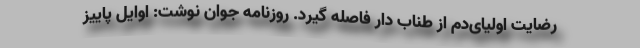
رضایت اولیای‌دم از طناب دار فاصله گیرد. روزنامه جوان نوشت: اوایل پاییز